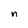
Character: n